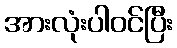
အားလုံးပါဝင်ပြီး